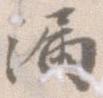
漏